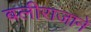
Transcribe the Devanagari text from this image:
बलीराजाने